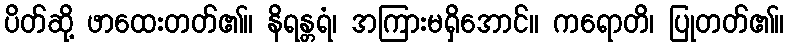
ပိတ်ဆို့ ဖာထေးတတ်၏။ နိရန္တရံ၊ အကြားမရှိအောင်။ ကရောတိ၊ ပြုတတ်၏။